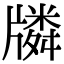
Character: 𤗷